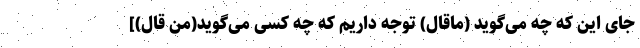
جای این که چه می‌گوید (ماقال) توجه داریم که چه کسی می‌گوید(من قال)]